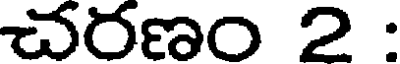
చరణం 2 :